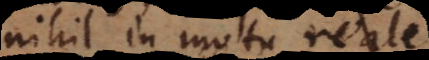
nihil in motu reale